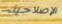
الإصلاحية